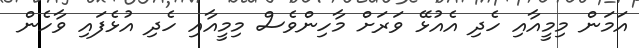
އަމަން މިމީއާއި ހެދި އެއުޅޭ ވަރަށް މާހިންވެސް މިމީއާއި ހެދި އުޅެފައި ވާހެން